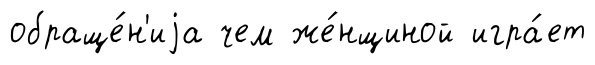
обраще́н'иjа чем же́нщиной игра́ет